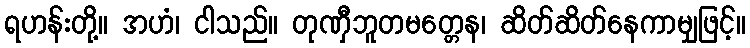
ရဟန်းတို့။ အဟံ၊ ငါသည်။ တုဏှီဘူတမတ္တေန၊ ဆိတ်ဆိတ်နေကာမျှဖြင့်။